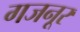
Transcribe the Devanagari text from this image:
गजनूर